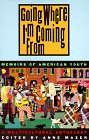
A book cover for Going Where I'm Coming From: Memoirs of American Youth; Teen & Young Adult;